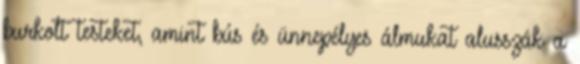
burkolt testeket, amint bús és ünnepélyes álmukat alusszák a